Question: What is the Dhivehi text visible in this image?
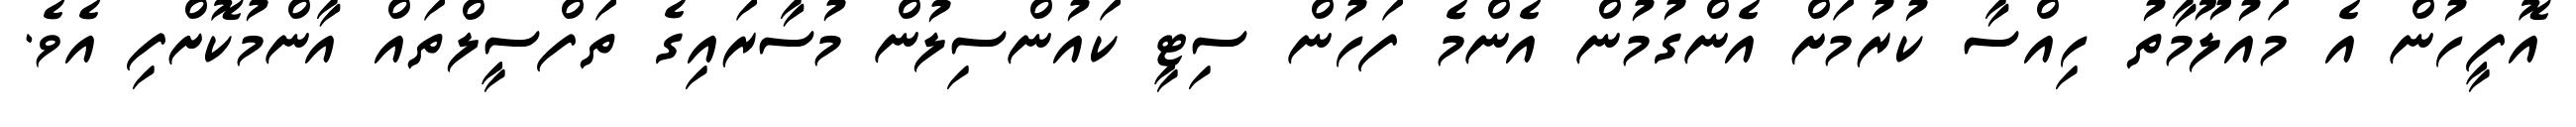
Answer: އޮފީހުން އެ މައުލޫމާތު ހިއްސާ ކުރުމަށް އެންގުމުން އެންމެ ފަހުން ސިޓީ ކައުންސިލުން މުސާރައިގެ ތަފްސީލްތައް އާންމުކޮށްފި އެވެ.